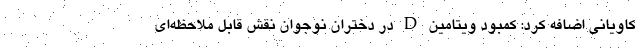
کاویانی اضافه کرد: کمبود ویتامین D در دختران نوجوان نقش قابل ملاحظه‌ای